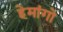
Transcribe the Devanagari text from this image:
हेमांगो